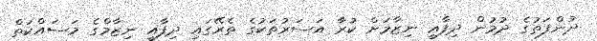
ދުންފަތުގެ ދުމުން ދިފާޢީ ނިޒާމަށް ކުރާ އަސަރުތަކުގެ ތެރޭގައި ދިފާއީ ނިޒާމްގެ މަސައްކަތް